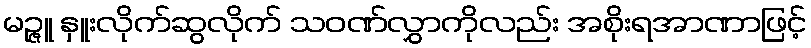
မဉ္ဇူ နှူးလိုက်ဆွလိုက် သဝဏ်လွှာကိုလည်း အစိုးရအာဏာဖြင့်